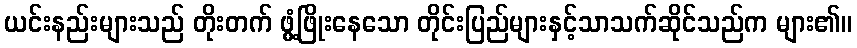
ယင်းနည်းများသည် တိုးတက် ဖွံ့ဖြိုးနေသော တိုင်းပြည်များနှင့်သာသက်ဆိုင်သည်က များ၏။